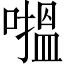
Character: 𱔸